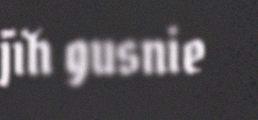
jïh gusnie